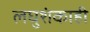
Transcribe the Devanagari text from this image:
लघुशंकाही